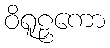
ဝိရူဠှကော